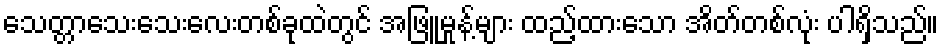
သေတ္တာသေးသေးလေးတစ်ခုထဲတွင် အဖြူမှုန့်များ ထည့်ထားသော အိတ်တစ်လုံး ပါရှိသည်။